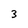
Character: 3